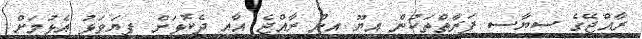
ރާއްޖޭގެ ސިޔާސީ ފަރާތްތަކުން އީޔޫ އިން ރާއްޖެ އާއި ދެކޮޅަށް ފިޔަވަޅު އެޅުމަށް